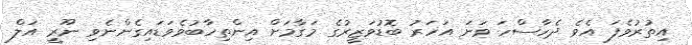
އިތުރުވެފަ އެވެ ދެހާސްހަ ވަނަ އަހަރު ބޮޑުވަޒީރުގެ މަގާމަށް އިންތިހާބުވެވަޑައިގެންނެވި ނޫރީ އަލް